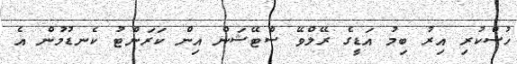
ހުސްކުރި އިރު ބިމު އަޑީގެ ރޭލްވޭ ސްޓޭޝަން އިން ކަރަންޓު ކެނޑުމުން އެ